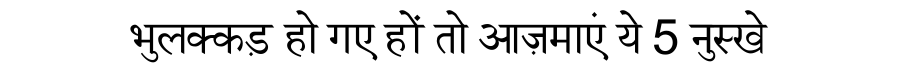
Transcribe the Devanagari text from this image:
भुलक्कड़ हो गए हों तो आज़माएं ये 5 नुस्खे